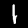
Digit: 1